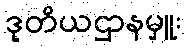
ဒုတိယဌာနမှူး